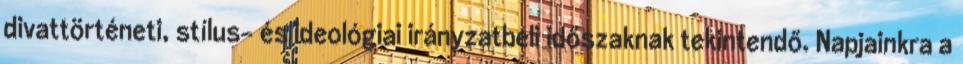
divattörténeti, stílus- és ideológiai irányzatbeli időszaknak tekintendő. Napjainkra a